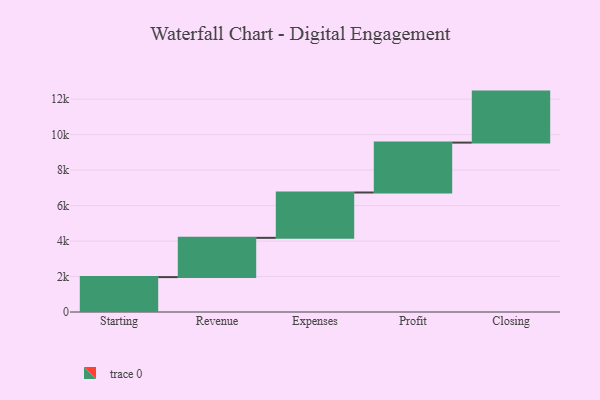
{"axis": {"x": "Step", "y": "Value"}, "legend": [""], "data": [{"x": "Starting", "y": 1967.0, "type": ""}, {"x": "Revenue", "y": 2214.0, "type": ""}, {"x": "Expenses", "y": 2556.0, "type": ""}, {"x": "Profit", "y": 2813.0, "type": ""}, {"x": "Closing", "y": 2875.0, "type": ""}]}